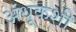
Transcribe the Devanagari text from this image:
अंधूकशी